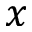
x